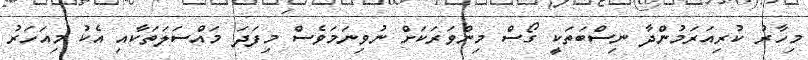
މިހާރު ކުރިއަރަމުންދާ ނިސްބަތަކީ ގޯސް މިންވަރަކަށް ނުވިނަމަވެސް މިފަދަ މައްސަލަތަކާއި އެކު މިއަހަރު